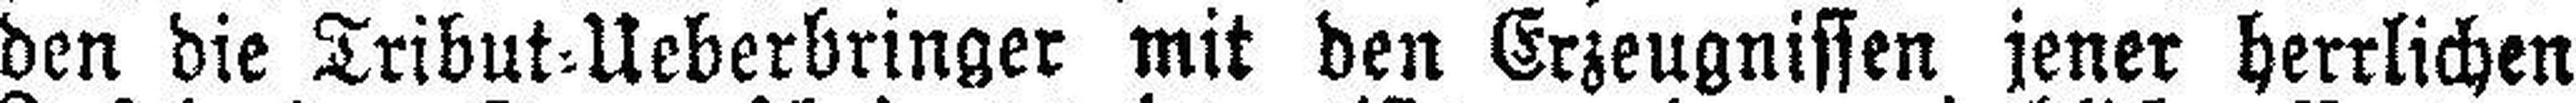
den die Tribut=Ueberbringer mit den Erzeugnissen jener herrlichen